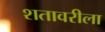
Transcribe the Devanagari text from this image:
शतावरीला